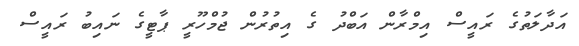
އަދާލަތުގެ ރައީސް އިމްރާން އަބްދު ގެ އިތުރުން ޖުމްހޫރީ ޕާޓީގެ ނައިބު ރައީސް